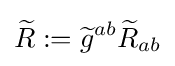
{\widetilde {R}}:={\widetilde {g}}^{ab}{\widetilde {R}}_{ab}